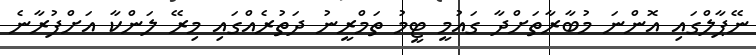
ނޭޕާލްގައި އޮންނަ މުބާރާތަށްދާ ގައުމީ ޓީމު ތަމްރީނު ދަތުރެއްގައި މިރޭ ލަންކާ އަށްފުރާނެ